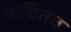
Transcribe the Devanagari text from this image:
कवितव